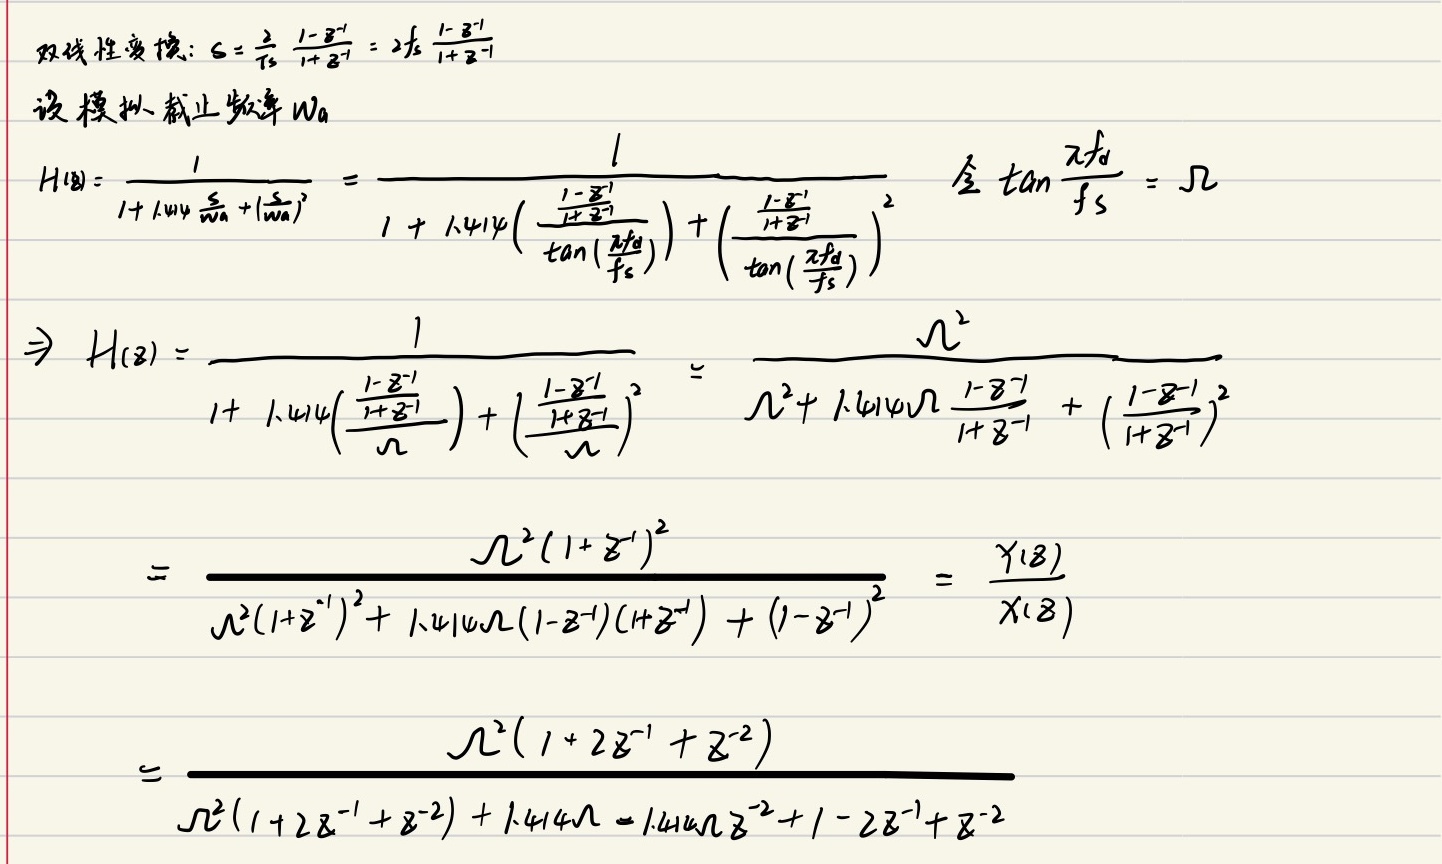
双线性变换：$s = \frac{2}{T_s} \frac{1 - z^{-1}}{1 + z^{-1}} = 2f_s \frac{1 - z^{-1}}{1 + z^{-1}}$
设模拟截止频率 $\omega_a$
\[
\begin{align*}
H(s) &= \frac{1}{1 + 1.414\frac{s}{\omega_a}+(\frac{s}{\omega_a})^2}\\
&= \frac{1}{1 + 1.414\left(\frac{\frac{1 - z^{-1}}{1 + z^{-1}}}{\tan(\frac{\pi f_d}{f_s})}\right)+\left(\frac{\frac{1 - z^{-1}}{1 + z^{-1}}}{\tan(\frac{\pi f_d}{f_s})}\right)^2}  \quad \text{令}\tan\frac{\pi f_d}{f_s} = \Omega\\
\Rightarrow H(z) &= \frac{1}{1 + 1.414\left(\frac{\frac{1 - z^{-1}}{1 + z^{-1}}}{\Omega}\right)+\left(\frac{\frac{1 - z^{-1}}{1 + z^{-1}}}{\Omega}\right)^2}\\
&= \frac{\Omega^2}{\Omega^2 + 1.414\Omega\frac{1 - z^{-1}}{1 + z^{-1}}+\left(\frac{1 - z^{-1}}{1 + z^{-1}}\right)^2}\\
&= \frac{\Omega^2(1 + z^{-1})^2}{\Omega^2(1 + z^{-1})^2 + 1.414\Omega(1 - z^{-1})(1 + z^{-1})+(1 - z^{-1})^2}\\
&= \frac{Y(z)}{X(z)}\\
&= \frac{\Omega^2(1 + 2z^{-1}+z^{-2})}{\Omega^2(1 + 2z^{-1}+z^{-2})+1.414\Omega - 1.414\Omega z^{-2}+1 - 2z^{-1}+z^{-2}}
\end{align*}
\]